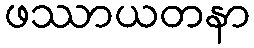
ဖဿာယတနာ